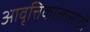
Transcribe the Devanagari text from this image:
आवृत्तिकालासाठी